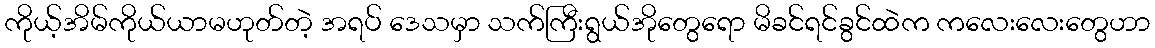
ကိုယ့်အိမ်ကိုယ်ယာမဟုတ်တဲ့ အရပ် ဒေသမှာ သက်ကြီးရွယ်အိုတွေရော မိခင်ရင်ခွင်ထဲက ကလေးလေးတွေဟာ